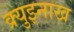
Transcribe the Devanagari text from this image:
क्र्युझ्नाख